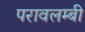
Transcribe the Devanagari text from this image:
परावलम्बी